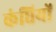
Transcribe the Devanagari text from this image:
कंघियों